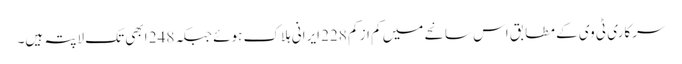
سرکاری ٹی وی کے مطابق اس سانحے میں کم از کم 228 ایرانی ہلاک ہوئے جبکہ 248 ابھی تک لاپتہ ہیں۔